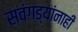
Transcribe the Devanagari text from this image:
सवंगड्यांनाही